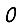
Digit: 0